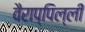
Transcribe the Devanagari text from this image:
वैराप्पिल्ली